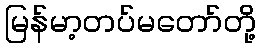
မြန်မာ့တပ်မတော်တို့